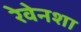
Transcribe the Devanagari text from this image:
रेवेनशा